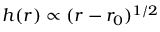
h ( r ) \propto ( r - r _ { 0 } ) ^ { 1 / 2 }